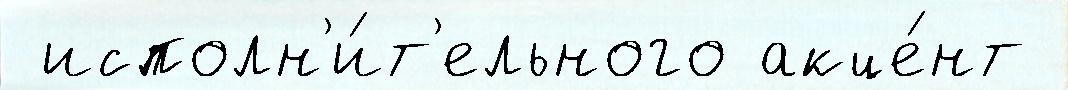
 исполн'и́т'ельного акце́нт